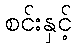
စင်းနှင့်